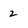
Character: 2